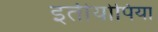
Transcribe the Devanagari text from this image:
इतीयोपिया